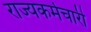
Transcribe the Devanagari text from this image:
राज्यकर्मचारी